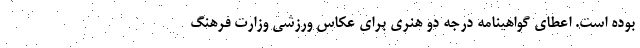
بوده است. اعطای گواهینامه درجه دو هنری برای عکاس ورزشی وزارت فرهنگ